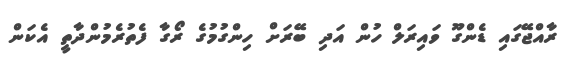
ރާއްޖޭގައި ޑެންގޫ ވައިރަލް ހުން އަދި ބޭރަށް ހިންގުމުގެ ރޯގާ ފެތުރެމުންދާތީ އެކަން